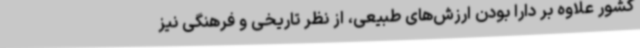
کشور علاوه‌ بر دارا بودن ارزش‌های طبیعی، از نظر تاریخی و فرهنگی نیز